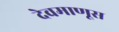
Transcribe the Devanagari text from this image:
देवमाणूस